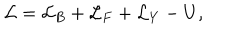
LaTeX: { \cal L } = { \cal L } _ { B } + { \cal L } _ { F } + { \cal L } _ { Y } - U ,